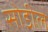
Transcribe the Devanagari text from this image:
सोडीले